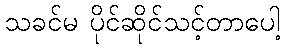
သခင်မ ပိုင်ဆိုင်သင့်တာပေါ့